Indian journal of veterinary science and animal husbandry - Volume 11,
Year: 1941
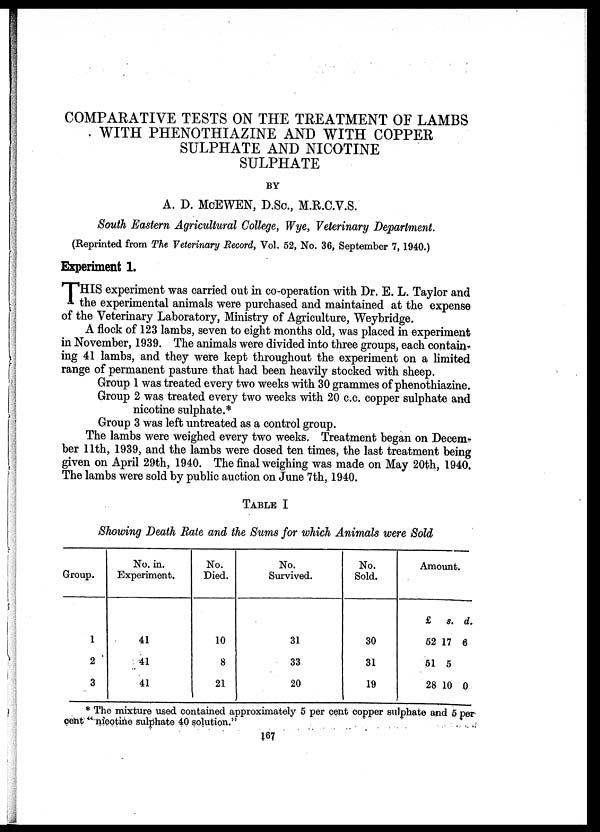
COMPARATIVE TESTS ON THE TREATMENT OF LAMBS
WITH PHENOTHIAZINE AND WITH COPPER
SULPHATE AND NICOTINE
SULPHATE
BY
A. D. MCEWEN, D.Sc., M.R.C.V.S.
South Eastern Agricultural College, Wye, Veterinary Department.
(Reprinted from The Veterinary Record, Vol. 52, No. 36, September 7, 1940.)
Experiment 1.
T HIS experiment was carried out in co-operation with Dr. E. L. Taylor and
the experimental animals were purchased and maintained at the expense
of the Veterinary Laboratory, Ministry of Agriculture, Weybridge.
A flock of 123 lambs, seven to eight months old, was placed in experiment
in November, 1939. The animals were divided into three groups, each contain-
ing 41 lambs, and they were kept throughout the experiment on a limited
range of permanent pasture that had been heavily stocked with sheep.
Group 1 was treated every two weeks with 30 grammes of phenothiazine.
Group 2 was treated every two weeks with 20 c.c. copper sulphate and
nicotine sulphate.*
Group 3 was left untreated as a control group.
The lambs were weighed every two weeks. Treatment began on Decem¬
ber 11th, 1939, and the lambs were dosed ten times, the last treatment being
given on April 29th, 1940. The final weighing was made on May 20th, 1940.
The lambs were sold by public auction on June 7th, 1940.
TABLE I
Showing Death Rate and the Sums for which Animals were Sold
Group.
1
2
3
No. in.
Experiment.
41
41
41
No.
Died.
10
8
21
No.
Survived.
31
33
20
No.
Sold.
30
31
19
Amount.
£
52
51
28
s.
17
5
10
d.
6
0
* The mixture used contained approximately 5 per cent copper sulphate and 5 per
cent " nicotine sulphate 40 solution."
167